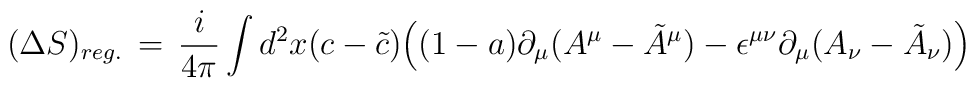
(\Delta S)_{reg.} \,=\, {i\over 4\pi}\int d^2x ( c -\tilde c) \Big( (1-a) \partial_\mu (A^\mu - \tilde A^\mu ) - \epsilon^{\mu\nu}\partial_\mu (A_\nu -\tilde A_\nu ) \Big)